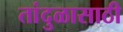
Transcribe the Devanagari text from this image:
तांदुळासाठी